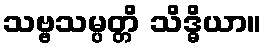
သဗ္ဗသမ္ပတ္တိ သိဒ္ဓိယာ။